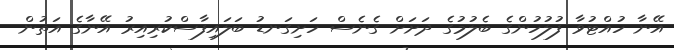
އޭނާ ހުއްޓުވާ ފުލުހުންގެ ބެލުމުގެ ދަށަށް ގެނެސް ހަށިގަނޑު ބަަލައިފާސްކުރިއިރު އޭނާގެ އަތުން